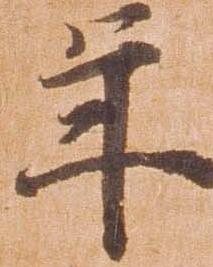
年